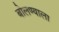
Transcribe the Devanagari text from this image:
बोलण्याला